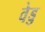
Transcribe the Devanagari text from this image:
वेड्ड